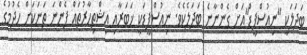
ބަދަލަކީ "ނިއުސްފީޑް"އަށް ގެންނާނެ ބަދަލެކެވެ. ނިއުސްފީޑަކީ ޚަބަރާއި އިޝްތިހާރުތައް ފެންނަ ތަނަކަށް ހެދުމުގެ